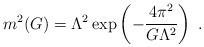
LaTeX: \begin{align*}m^2 (G) = \Lambda^2 \exp \left(-\frac{4\pi^2}{G \Lambda^2} \right) \; . \end{align*}